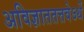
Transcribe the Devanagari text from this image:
अविज्ञाततत्तवेऽर्थे